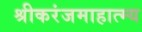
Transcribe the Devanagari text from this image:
श्रीकरंजमाहात्म्य